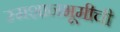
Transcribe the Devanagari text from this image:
स्मशानभूमीची